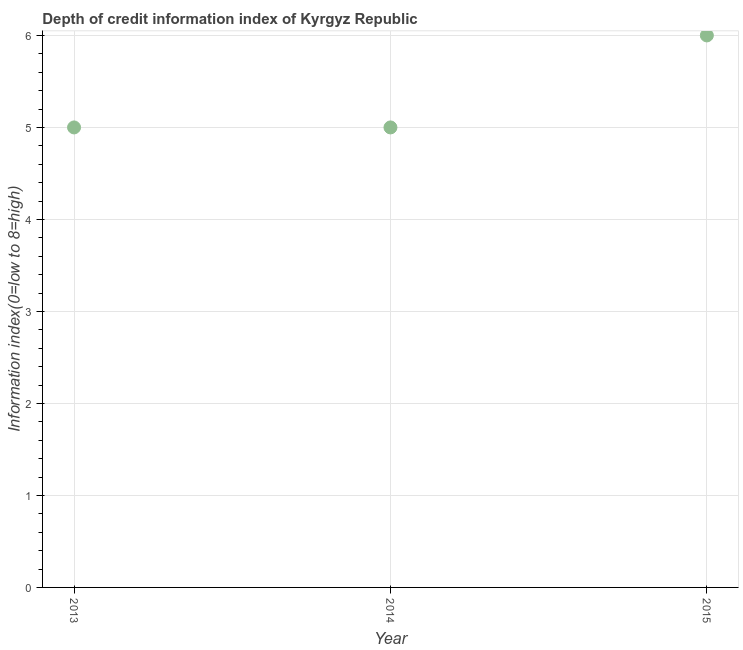
| Year | Depth of credit information index |
 | --- | --- |
 | 2013 | 5 |
 | 2014 | 5 |
 | 2015 | 6 |